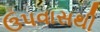
ઉપવાસથી